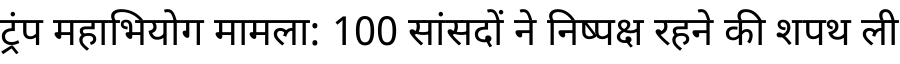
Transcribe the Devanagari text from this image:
ट्रंप महाभियोग मामला: 100 सांसदों ने निष्पक्ष रहने की शपथ ली